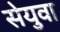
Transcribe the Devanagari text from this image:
सेयुवा